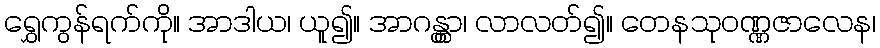
ရွှေကွန်ရက်ကို။ အာဒါယ၊ ယူ၍။ အာဂန္တွာ၊ လာလတ်၍။ တေနသုဝဏ္ဏဇာလေန၊